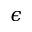
\epsilon